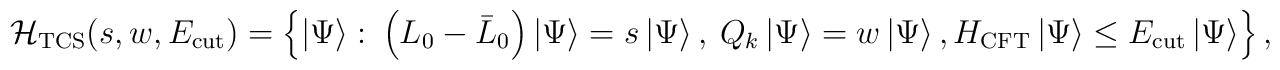
{\cal H}_{\mathrm{TCS}}(s,w,E_{\mathrm{cut}})=\left\{ \left| \Psi \right\rangle :\: \left( L_{0}-\bar{L}_{0}\right) \left| \Psi \right\rangle =s\left| \Psi \right\rangle ,\: Q_{k}\left| \Psi \right\rangle =w\left| \Psi \right\rangle ,H_{\mathrm{CFT}}\left| \Psi \right\rangle \leq E_{\mathrm{cut}}\left| \Psi \right\rangle \right\} \: ,